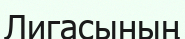
Лигасының